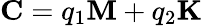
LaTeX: {\mathbf{C}}={q_{1}}{\mathbf{M}}+{q_{2}}{\mathbf{K}}